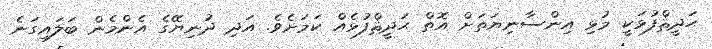
ޙަދީޘްފުޅަކީ މުޅި އިންސާނިޔަތަށް އޮތް ޙަދީޘްފުޅެއް ކަމަށެވެ. އަދި ދުނިޔޭގެ އެންމެން ބަލައިގަނެ